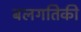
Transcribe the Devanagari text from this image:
बलगतिकी